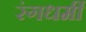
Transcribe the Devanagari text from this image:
रंगधर्मी